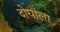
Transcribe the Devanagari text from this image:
दोघांला